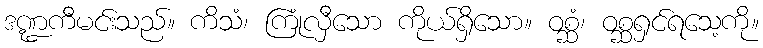
ဒဏ္ဍကီမင်းသည်။ ကိသံ၊ ကြုံလှီသော ကိုယ်ရှိသော။ ဝစ္ဆံ၊ ဝစ္ဆရှင်ရသေ့ကို။